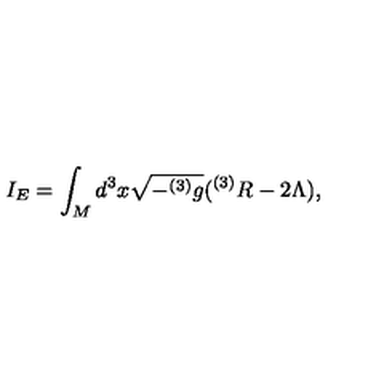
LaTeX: I _ { E } = \int _ { M } d ^ { 3 } x \sqrt { - ^ { ( 3 ) } g } ( ^ { ( 3 ) } R - 2 \Lambda ) ,